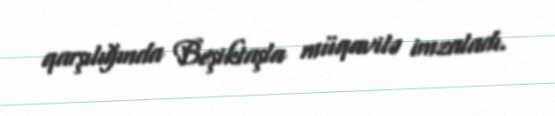
qarşılığında Beşiktaşla müqavilə imzaladı.